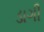
ડાગી